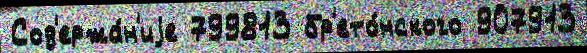
Сод'ержа́н'иjе 799813 бр'ето́нского 907913